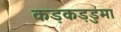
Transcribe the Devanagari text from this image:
कड़कड़डुमा